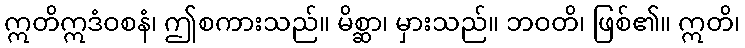
ဣတိဣဒံဝစနံ၊ ဤစကားသည်။ မိစ္ဆာ၊ မှားသည်။ ဘဝတိ၊ ဖြစ်၏။ ဣတိ၊